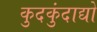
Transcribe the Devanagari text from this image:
कुदकुंदाद्यो